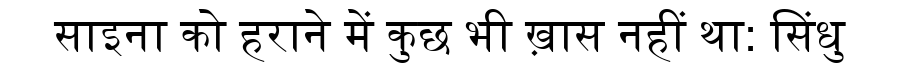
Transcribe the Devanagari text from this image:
साइना को हराने में कुछ भी ख़ास नहीं था: सिंधु